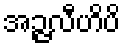
အဉ္ဇလီဟိပိ